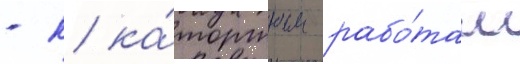
- к ка́торжным рабо́там